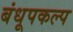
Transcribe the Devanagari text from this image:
बंधूपकल्प